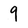
Character: 9